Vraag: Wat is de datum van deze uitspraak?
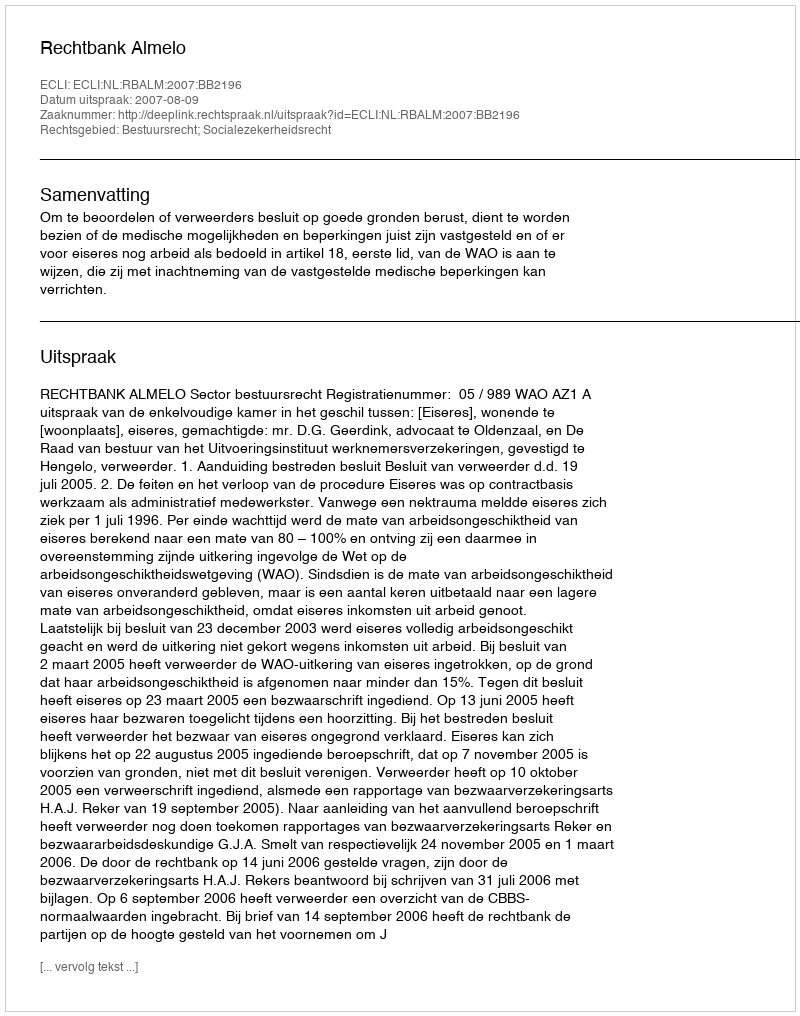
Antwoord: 2007-08-09